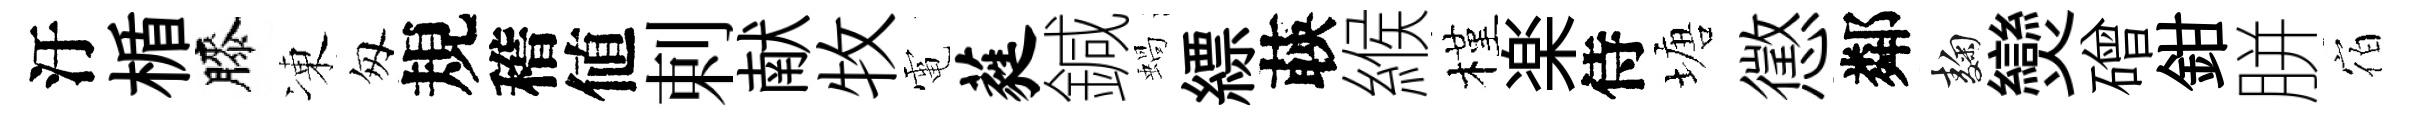
汙楯膝凍匆規稽値剌献牧電蕤鍼蝸縹𦴤緱槿楽侍塘懲鄰麹𤓖磳鉗胼宿